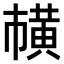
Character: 𫜘